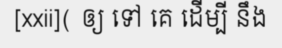
[xxii]( ឲ្យ ទៅ គេ ដើម្បី នឹង